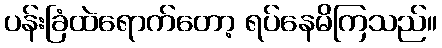
ပန်းခြံထဲရောက်တော့ ရပ်နေမိကြသည်။